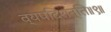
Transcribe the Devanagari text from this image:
व्यपदिशन्ति॥९॥